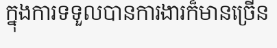
ក្នុងការទទួលបានការងារក៏មានច្រើន